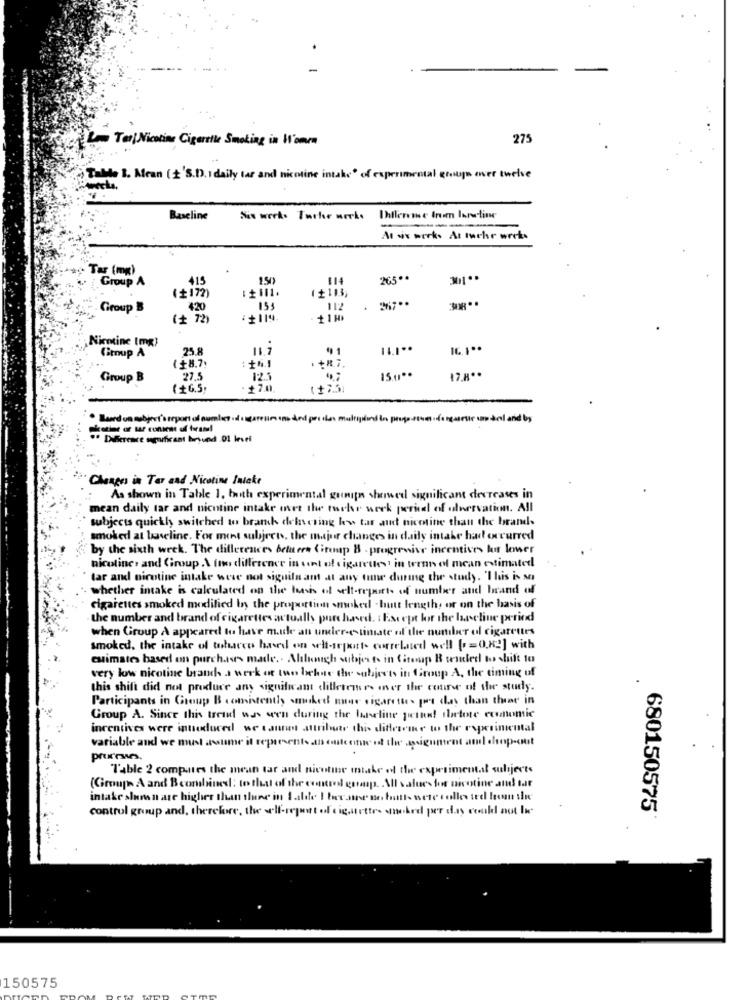
L Ter| Nicotine Cigarette Smoking in Home
275
Tabde I. Mean (2'S.D. I daily tar and nicotine intake' of experimental groups over twelve
Baseline
Six weeks Tuile werke
Uhflereme trum Ion-line
At sis work. At muchr weeks
Tar (mg)
Group A
415
150
114
205 **
(+172)
Group B
420
154
112
.
(+ 7)
:+119.
+ 1 H
Nicotine (mg)
11.7
91
Group A
25.8
(+8.7.
: +41
· +R.7.
Group B
27.5
12.
( +6.5,
+20
· Laerd un mabject's report of number of sugarenes ens ded pretas multiplund In peupartes .fangasette un bel and by
potime of tar consent of brand
·· Difference seguifixant brund 01 level
Changes in Ter and Nicotine Inieke
As shown in Table 1, buth experimental gunip showed significant decreases in
mean daily tar and nicotine intake over the toche week periel of ulnervation. All
subjects quickly switched to brank delcring hew tar aud nicotine than the brand.
smoked at baseline. For ment subjects, the major changes in daily intake had occurred
by the sixth week. The differences detuers Giroup B . progressive incentives for lower
nicotine, and Group .A (no difference in cent of cigarettes' in trenn of mean estimated
tar and nicotine intake were not siguila ant at any time during the study. "This is so
whether intake is calculated on the beach of selt-repart of number and brand of
cigarettes smoked modified by the proportion smoked -hutt length, or on the basis of
the number and brand of cigarettes actually purchased. : Except for the baseline perind
when Group A appeared to have made an under-estimate of the number of cigarettes
smoked, the intake of tobacco based on wh-separt. correlated well [=0.82] with
estimates based on purchases made .. Although subjects in Cisoup B wanted to shift to
very low nicotine brands a werk ot two behne the subjects in Group A, the timing of
this shift did not produce any significant dillerem es aner the course of the study.
Participants in Group B consistently smoked mune sigarette. per day than thear in
Group A. Since this trend was wen during the baneline joins! thetore economic
incentives were introduced we cannan attribute this difference to the experimental
variable and we must assume it represents an outcome of the assignment aml drop-out
prunes.
Table 2 computes the mean car and nicotine intake of the experimental subjects
(Group A and Bcombined: to that of the control grasp. All values for nicotine and tar
intake slunsn are higher than thune in I alde I became nebotts were tolles ted hon the
control group and, therefore, the well-report of eightettes neked per day could not li
680150575
150575